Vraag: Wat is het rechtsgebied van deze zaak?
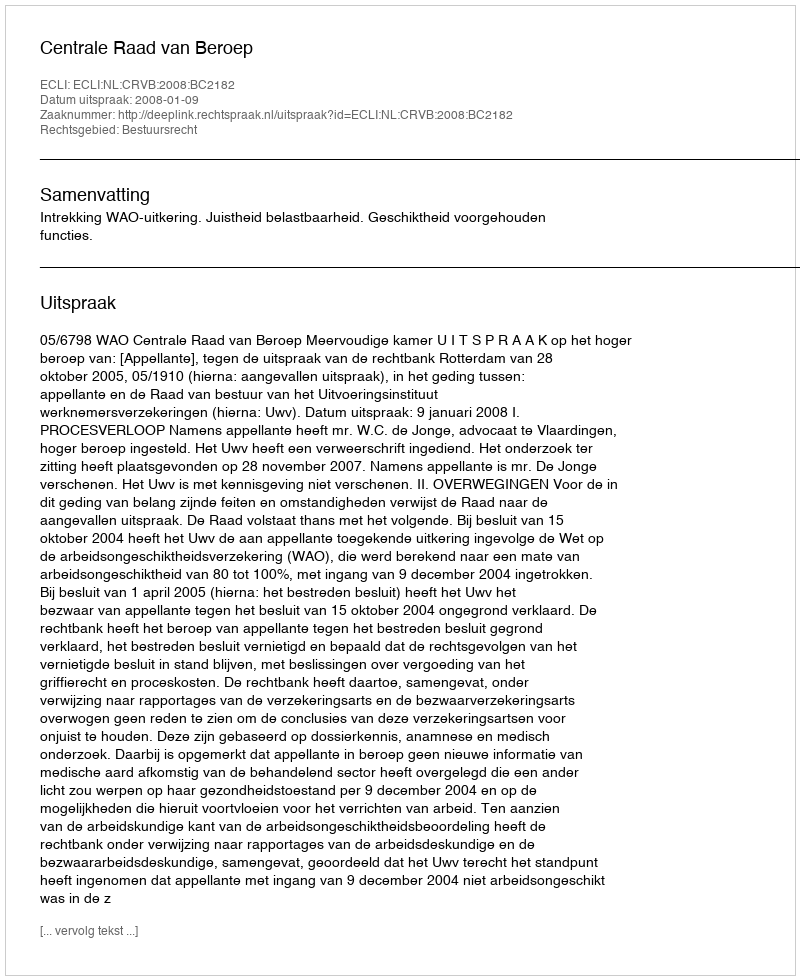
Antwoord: Bestuursrecht